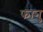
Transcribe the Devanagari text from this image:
फानु